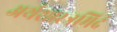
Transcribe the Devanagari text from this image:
अर्थशास्त्रमिदं